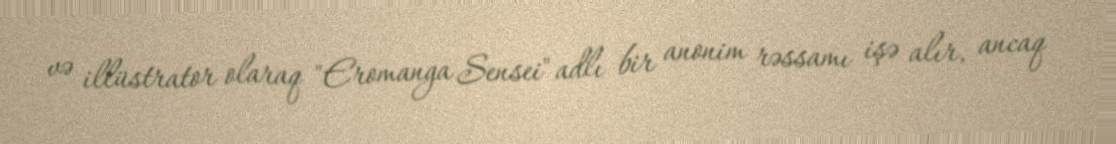
və illüstrator olaraq "Eromanga Sensei" adlı bir anonim rəssamı işə alır, ancaq